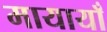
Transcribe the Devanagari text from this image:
मायायाँ